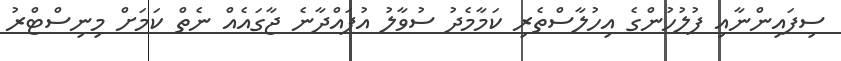
ސިފައިންނާއި ފުލުހުންގެ އިހުލާސްތެރި ކަމާމެދު ސުވާލު އުފައްދާނެ ޖާގައެއް ނެތް ކަމަށް މިނިސްޓްރު